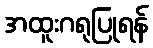
အထူးဂရုပြုရန်